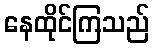
နေထိုင်ကြသည်